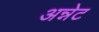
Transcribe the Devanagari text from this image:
अन्नेट